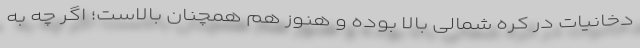
دخانیات در کره شمالی بالا بوده و هنوز هم همچنان بالاست؛ اگر چه به